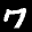
Label: 7